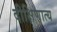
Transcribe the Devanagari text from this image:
दीक्षिणात्य